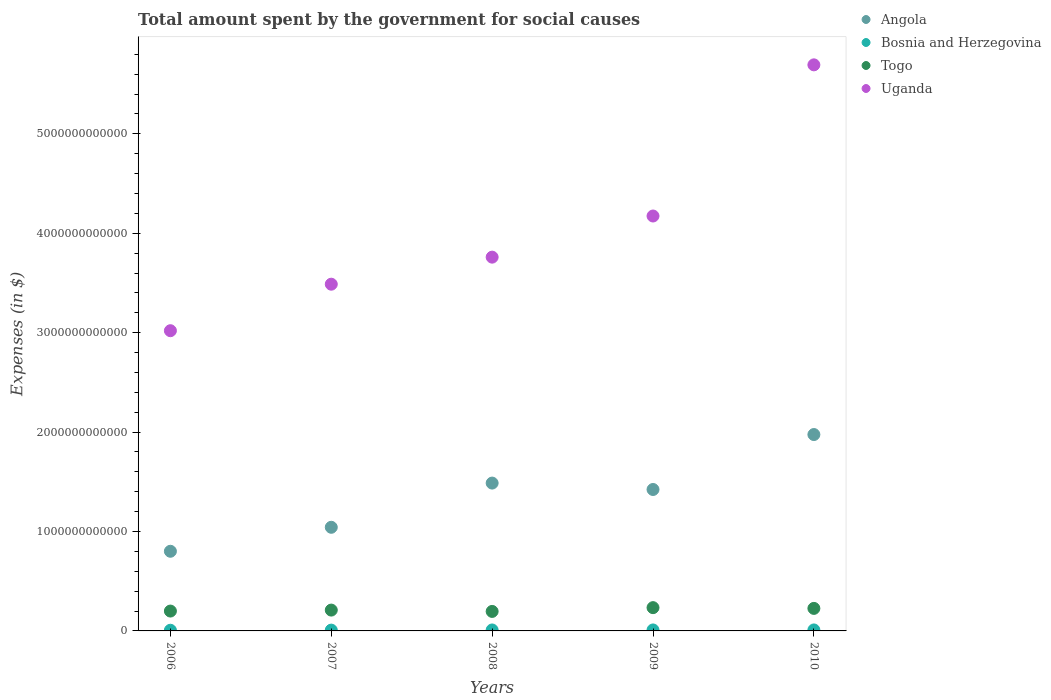
| Years | Angola | Bosnia and Herzegovina | Togo | Uganda |
 | --- | --- | --- | --- | --- |
 | 2006 | 8.01e+11 | 6.82e+09 | 2e+11 | 3.02e+12 |
 | 2007 | 1.04e+12 | 8.13e+09 | 2.1e+11 | 3.49e+12 |
 | 2008 | 1.49e+12 | 9.65e+09 | 1.96e+11 | 3.76e+12 |
 | 2009 | 1.42e+12 | 9.88e+09 | 2.34e+11 | 4.17e+12 |
 | 2010 | 1.98e+12 | 9.93e+09 | 2.27e+11 | 5.69e+12 |